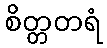
စိတ္တတရံ